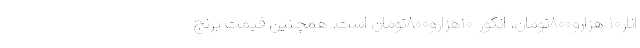
انار۱۰ هزارو۸۰۰تومان، انگور ۱۰هزارو۸۰۰تومان است. همچنین قیمت برنج